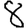
Digit: 8